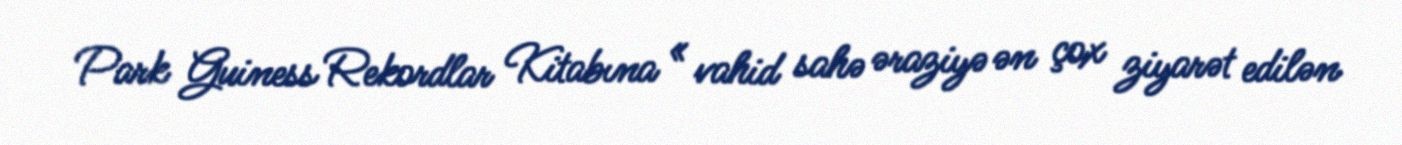
Park Guiness Rekordlar Kitabına « vahid sahə əraziyə ən çox ziyarət edilən